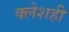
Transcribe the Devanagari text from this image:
क्लेशही